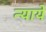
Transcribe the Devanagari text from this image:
न्यायें